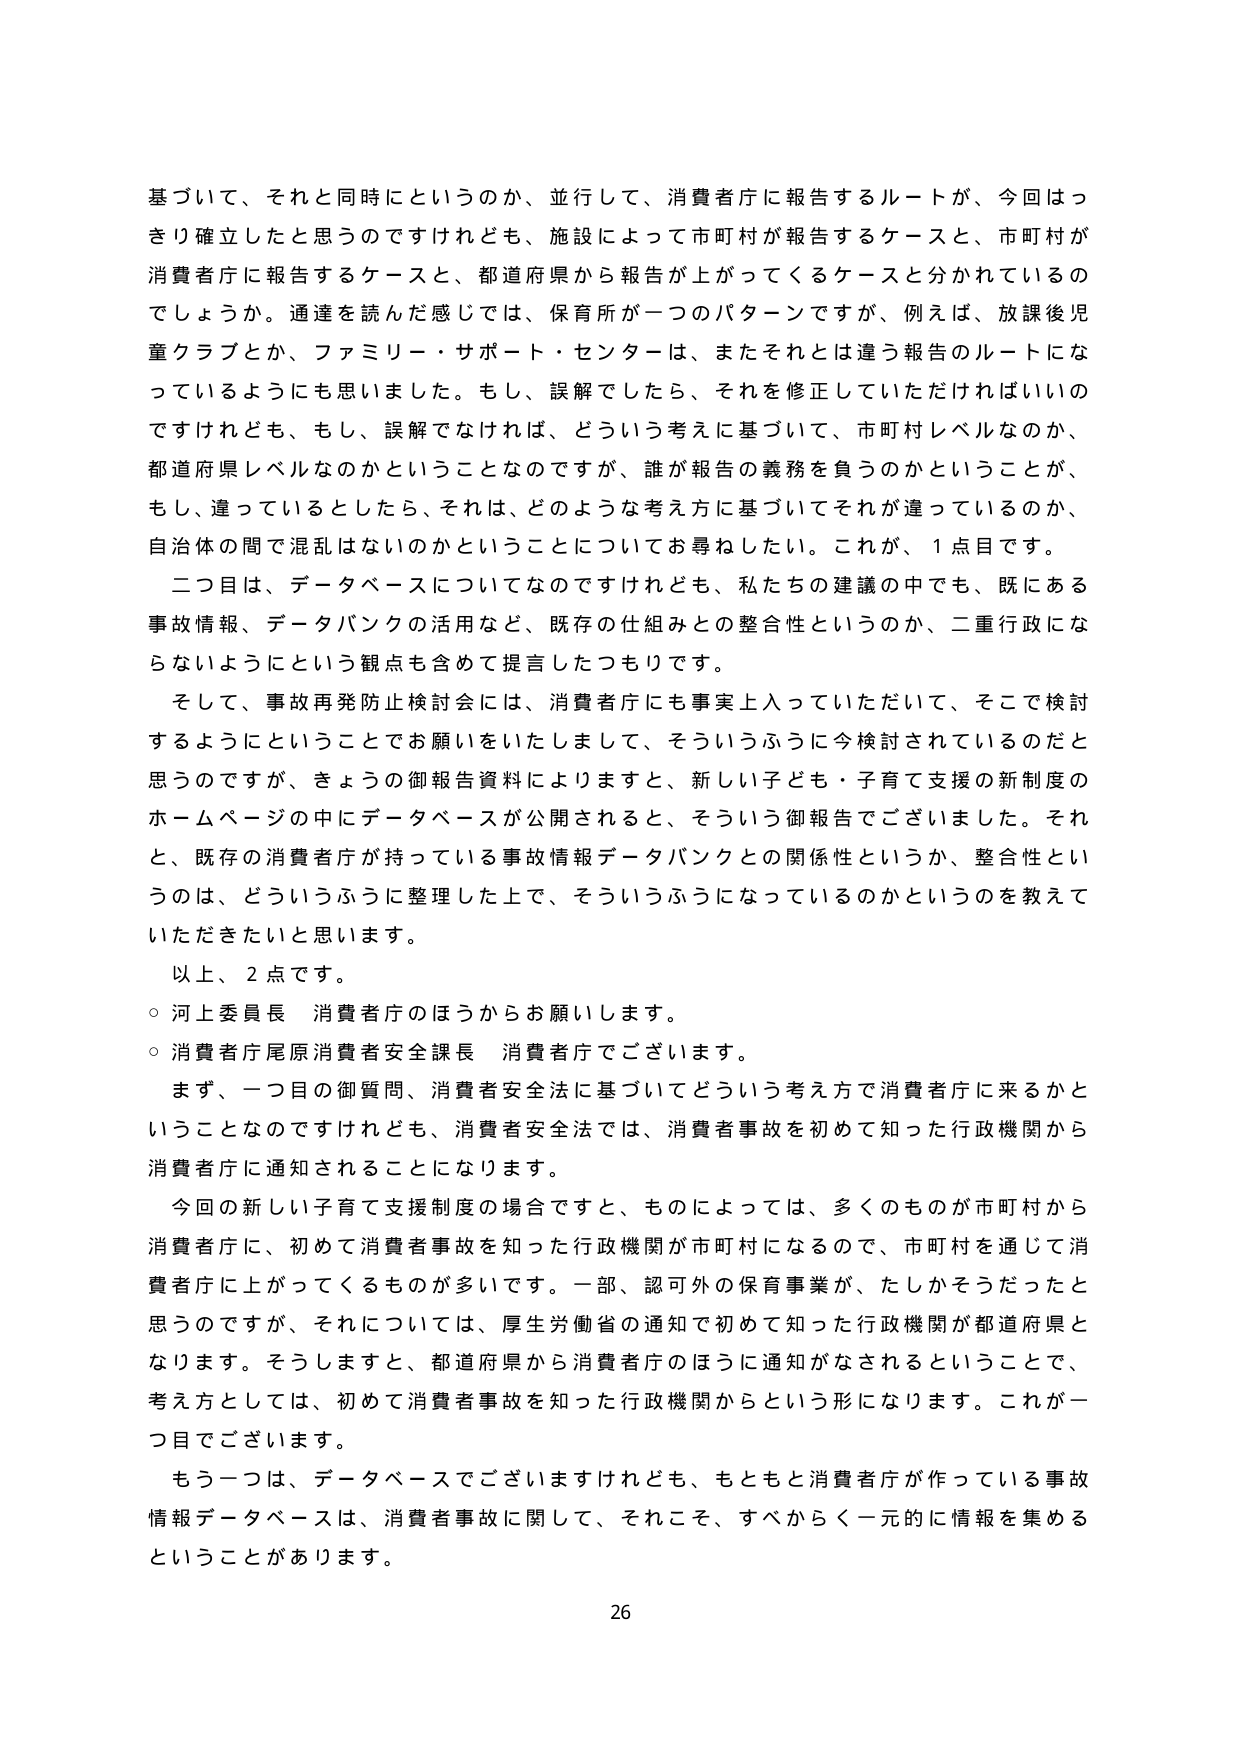
基づいて、それと同時にというのか、並行して、消費者庁に報告するルートが、今回はっきり確立したと思うのですけれども、施設によって市町村が報告するケースと、市町村が消費者庁に報告するケースと、都道府県から報告が上がってくるケースと分かれているのでしょうか。通達を読んだ感じでは、保育所が一つのパターンですが、例えば、放課後児童クラブとか、ファミリー・サポート・センターは、またそれとは違う報告のルートになっているようにも思いました。もし、誤解でしたら、それを修正していただければいいのですけれども、もし、誤解でなければ、どういう考えに基づいて、市町村レベルなのか、都道府県レベルなのかということなのですが、誰が報告の義務を負うのかということが、もし、違っているとしたら、それは、どのような考え方に基づいてそれが違っているのか、自治体の間で混乱はないのかということについてお尋ねしたい。これが、1点目です。

二つ目は、データベースについてなのですが、私たちの建議の中でも、既にある事故情報、データバンクの活用など、既存の仕組みとの整合性というのか、二重行政にならないようにという観点も含めて提言したつもりです。

そして、事故再発防止検討会には、消費者庁にも事実上入っていただいて、そこで検討するようにということでお願いをいたしまして、そういうふうに今検討されているのだと思うのですが、きょうの御報告資料によりますと、新しい子ども・子育て支援の新制度のホームページの中にデータベースが公開されると、そういう御報告でございました。それと、既存の消費者庁が持っている事故情報データバンクとの関係性というか、整合性というのは、どういうふうに整理した上で、そういうふうになっているのかというのを教えていただきたいと思います。

以上、2点です。

○ 河上委員長 消費者庁のほうからお願いします。

○ 消費者庁尾原消費者安全課長 消費者庁でございます。

まず、一つ目の御質問、消費者安全法に基づいてどういう考え方で消費者庁に来るかということなのですが、消費者安全法では、消費者事故を初めて知った行政機関から消費者庁に通知されることになります。

今回の新しい子育て支援制度の場合ですと、ものによっては、多くのものが市町村から消費者庁に、初めて消費者事故を知った行政機関が市町村になるので、市町村を通じて消費者庁に上がってくるものが多いです。一部、認可外の保育事業が、たしかそうだったと思うのですが、それについては、厚生労働省の通知で初めて知った行政機関が都道府県となります。そうしますと、都道府県から消費者庁のほうに通知がなされるということで、考え方としては、初めて消費者事故を知った行政機関からという形になります。これが一つ目でございます。

もう一つは、データベースでございますけれども、もともと消費者庁が作っている事故情報データベースは、消費者事故に関して、それこそ、すべからく一元的に情報を集めるということがあります。

26